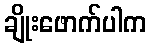
ချိုးဖောက်ပါက